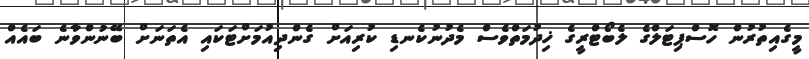
މީގެއިތުރުން ހޮސްޕިޓަލްގެ ލެބޯޓްރީގެ ޚިދުމަތްވެސް މެދުނުކެނޑި ކުރިއަށް ގެންދިއުމަށްޓަކައި އެތަނަށް ބޭނުންވާނެ ބައެއް